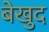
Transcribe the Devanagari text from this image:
बेखुद